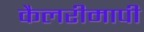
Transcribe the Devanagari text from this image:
कैलरीमापी